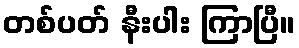
တစ်ပတ် နီးပါး ကြာပြီ။